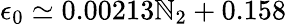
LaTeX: \epsilon_{0}\simeq0.00213\mathbb{N}_{2}+0.158